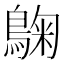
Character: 𮭀